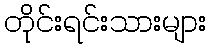
တိုင်းရင်းသားများ